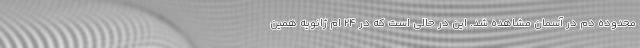
محدوده دم در آسمان مشاهده شد. این در حالی است که در 24 ام ژانویه همین